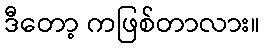
ဒီတော့ ကဖြစ်တာလား။